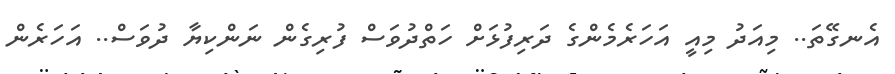
އެނގޭތަ.. މިއަދު މިއީ އަހަރެމެންގެ ދަރިފުޅަށް ހަތްދުވަސް ފުރިގެން ނަންކިޔާ ދުވަސް.. އަހަރެން